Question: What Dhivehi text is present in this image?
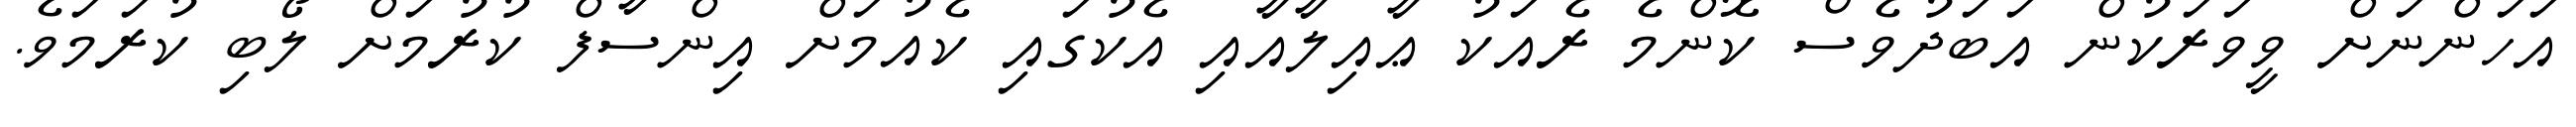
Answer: އަހަންނަށް ވީވަރަކުން އަބަދުވެސް ކޮންމެ ރެއަކު ޢާއިލާއާއި އެކުގައި ކެއުމަށް އިންސާފް ކުރުމަށް ލޯބި ކުރަމަވެ.